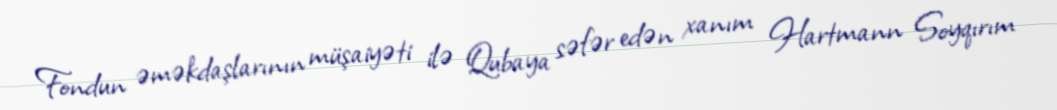
Fondun əməkdaşlarının müşaiyəti ilə Qubaya səfər edən xanım Hartmann Soyqırım